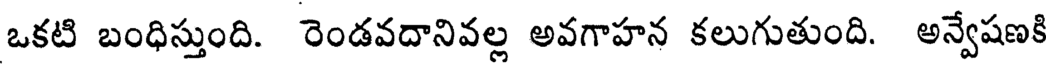
ఒకటి బంధిస్తుంది. రెండవదానివల్ల అవగాహన కలుగుతుంది. అన్వేషణకి